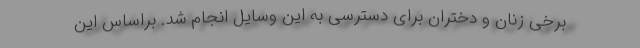
برخی زنان و دختران برای دسترسی به این وسایل انجام شد. براساس این